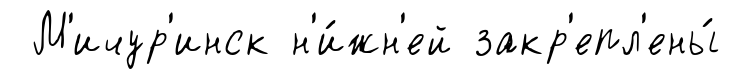
М'ичур'инск н'и́жн'ей закр'епл'ены́